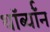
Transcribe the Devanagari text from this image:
थॉर्ब्यॉन